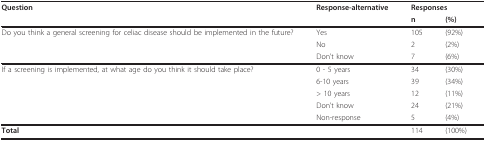
| Question | Response-alternative | <COLSPAN=2> Responses |
 |  |  | n | (%) |
 | --- | --- | --- | --- |
 | Do you think a general screening for celiac disease should be implemented in the future? | Yes | 105 | (92%) |
 |  | No | 2 | (2%) |
 |  | Don't know | 7 | (6%) |
 | If a screening is implemented, at what age do you think it should take place? | 0 - 5 years | 34 | (30%) |
 |  | 6-10 years | 39 | (34%) |
 |  | > 10 years | 12 | (11%) |
 |  | Don't know | 24 | (21%) |
 |  | Non-response | 5 | (4%) |
 | Total |  | 114 | (100%) |